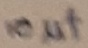
Text: 10µf